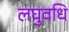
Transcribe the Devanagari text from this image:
लघुवधि